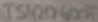
Text: TS42600T